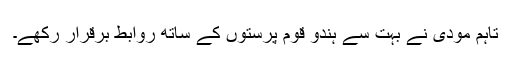
تاہم مودی نے بہت سے ہندو قوم پرستوں کے ساتھ روابط برقرار رکھے۔